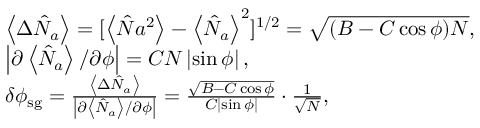
\begin{array} { r l r } & { \left\langle \Delta \hat { N } _ { a } \right\rangle = [ \left\langle \hat { N } { a } ^ { 2 } \right\rangle - \left\langle \hat { N } _ { a } \right\rangle ^ { 2 } ] ^ { 1 / 2 } = \sqrt { ( B - C \cos \phi ) N } , } & \\ & { \left\vert \partial \left\langle \hat { N } _ { a } \right\rangle / \partial \phi \right\vert = C N \left\vert \sin \phi \right\vert , } & \\ & { \delta \phi _ { \mathrm { s g } } = \frac { \left\langle \Delta \hat { N } _ { a } \right\rangle } { \left\vert \partial \left\langle \hat { N } _ { a } \right\rangle / \partial \phi \right\vert } = \frac { \sqrt { B - C \cos \phi } } { C \left\vert \sin \phi \right\vert } \cdot \frac { 1 } { \sqrt { N } } , } & \end{array}